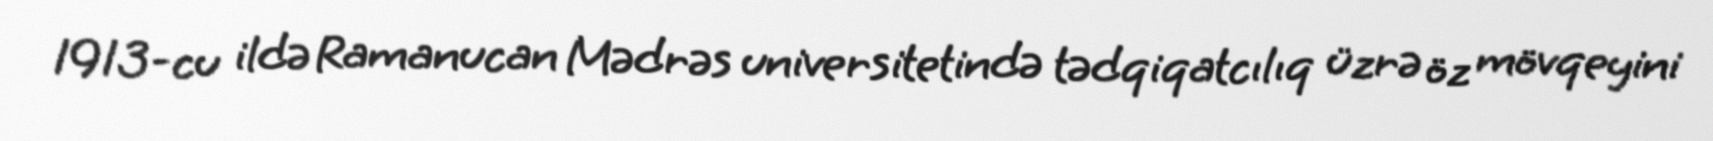
1913-cu ildə Ramanucan Mədrəs universitetində tədqiqatcılıq üzrə öz mövqeyini